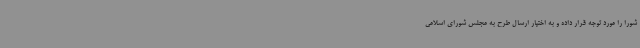
شورا را مورد توجه قرار داده و به اختیار ارسال طرح به مجلس شورای اسلامی